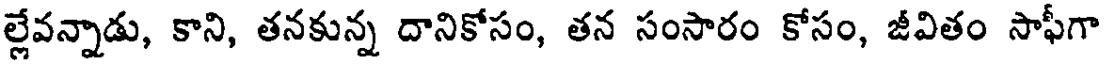
ల్లేవన్నాడు, కాని, తనకున్న దానికోసం, తన సంసారం కోసం, జీవితం సాఫీగా